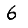
Digit: 6